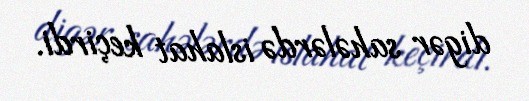
digər sahələrdə islahat keçirdi.